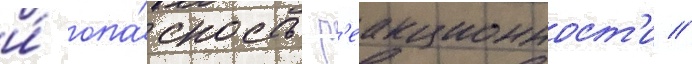
и́ опа́сность р'еакционност'и //